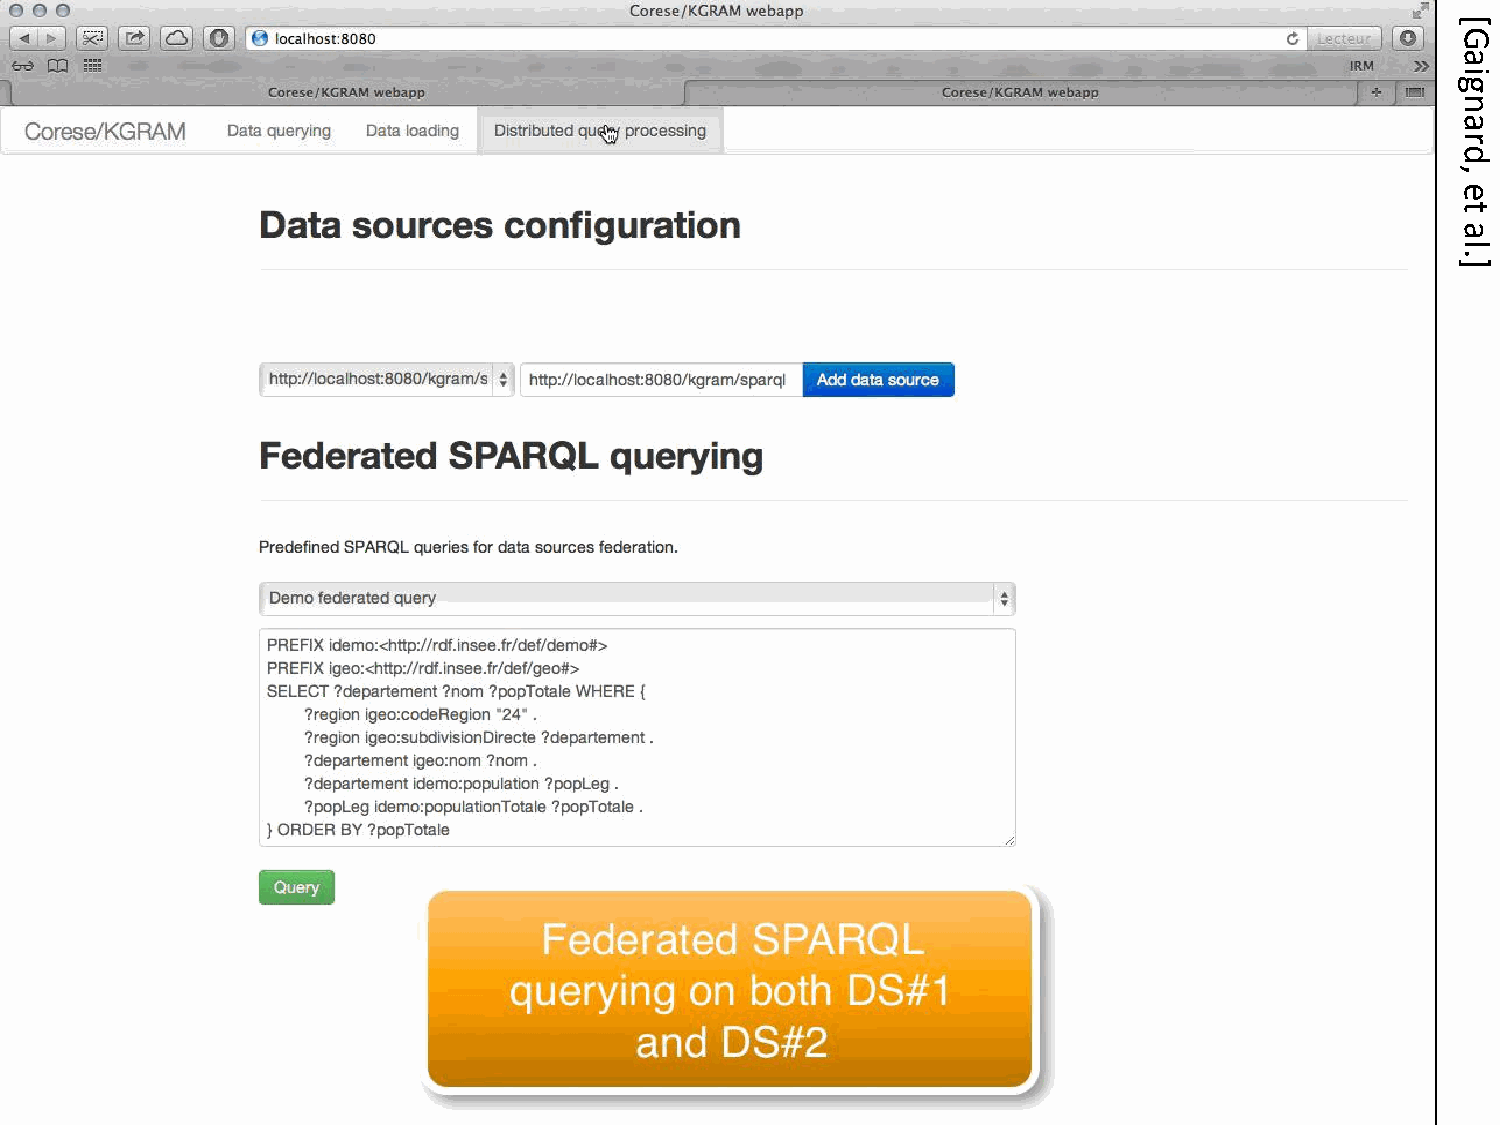
[
 G
 federating                 KGram                                                               a
 i
 g
 n
 a
 r
 d
 ,
 e
 t
 a
 l
 .
 ]